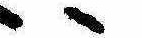
ゝ